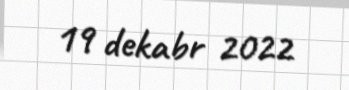
19 dekabr 2022